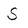
Character: S